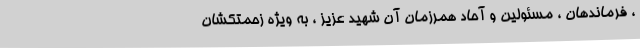
، فرماندهان ، مسئولین و آحاد همرزمان آن شهید عزیز ، به ویژه زحمتکشان